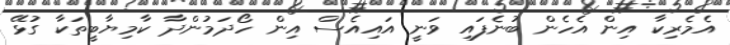
އެމެރިކާ އިން އެހެން ބުނެފައި ވަނީ އައިއެސް އިން ހޯދަމުންދާ ކާމިޔާބީތަކާ ގުޅޭ